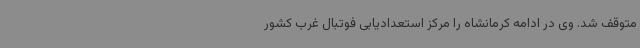
متوقف شد. وی در ادامه کرمانشاه را مرکز استعدادیابی فوتبال غرب کشور